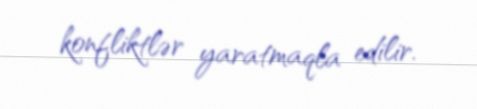
konfliktlər yaratmaqla edilir.